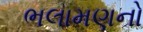
ભલામણનો